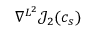
\nabla ^ { L ^ { 2 } } { \mathcal { J } } _ { 2 } ( c _ { s } )